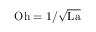
\mathrm { O h } = 1 / { \sqrt { \mathrm { L a } } }